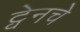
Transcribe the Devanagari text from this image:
ट्वेनचे